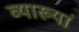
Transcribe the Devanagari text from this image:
व्याख्यां